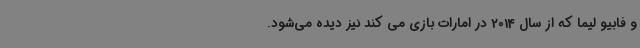
و فابیو لیما که از سال 2014 در امارات بازی می کند نیز دیده می‌شود.